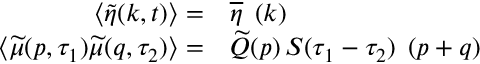
\begin{array} { r l } { \left< \widetilde { \eta } ( \boldsymbol { k } , t ) \right> = } & { \overline { { \eta } } \operatorname { \delta } ( \boldsymbol { k } ) } \\ { \left< \widetilde { \mu } ( \boldsymbol { p } , \tau _ { 1 } ) \widetilde { \mu } ( \boldsymbol { q } , \tau _ { 2 } ) \right> = } & { \widetilde { Q } \! \left( \boldsymbol { p } \right) S ( \tau _ { 1 } - \tau _ { 2 } ) \operatorname { \delta } ( \boldsymbol { p } + \boldsymbol { q } ) } \end{array}